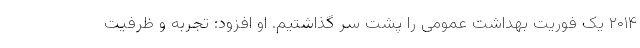
۲۰۱۴ یک فوریت بهداشت عمومی را پشت سر گذاشتیم. او افزود: تجربه و ظرفیت